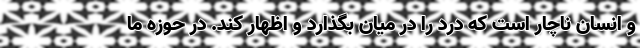
و انسان ناچار است که درد را در میان بگذارد و اظهار کند. در حوزه ما